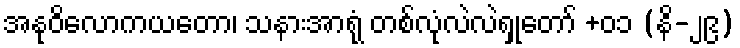
အနုဝိလောကယတော၊ သနားအာရုံ တစ်လုံလဲလဲရှုတော် +၀၁ (နိ-၂၉)